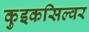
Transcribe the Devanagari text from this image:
कुइकसिल्वर